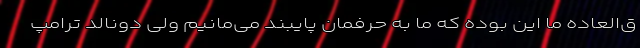
ق‌العاده ما این بوده که ما به حرفمان پایبند می‌مانیم ولی دونالد ترامپ